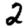
Digit: 2